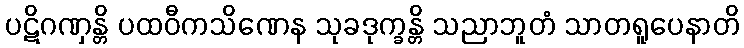
ပဋိဂဏှန္တိ ပထဝီကသိဏေန သုခဒုက္ခန္တိ သညာဘူတံ သာတရူပေနာတိ